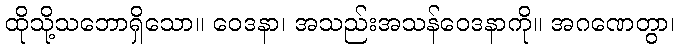
ထိုသို့သဘောရှိသော။ ဝေဒနာ၊ အသည်းအသန်ဝေဒနာကို။ အဂဏေတွာ၊